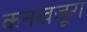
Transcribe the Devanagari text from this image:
कनखजूरा